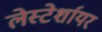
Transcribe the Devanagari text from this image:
लेस्टेर्शायर